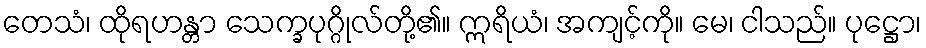
တေသံ၊ ထိုရဟန္တာ သေက္ခပုဂ္ဂိုလ်တို့၏။ ဣရိယံ၊ အကျင့်ကို။ မေ၊ ငါသည်။ ပုဋ္ဌော၊